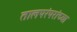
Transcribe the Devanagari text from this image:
तालपरंपरांच्या